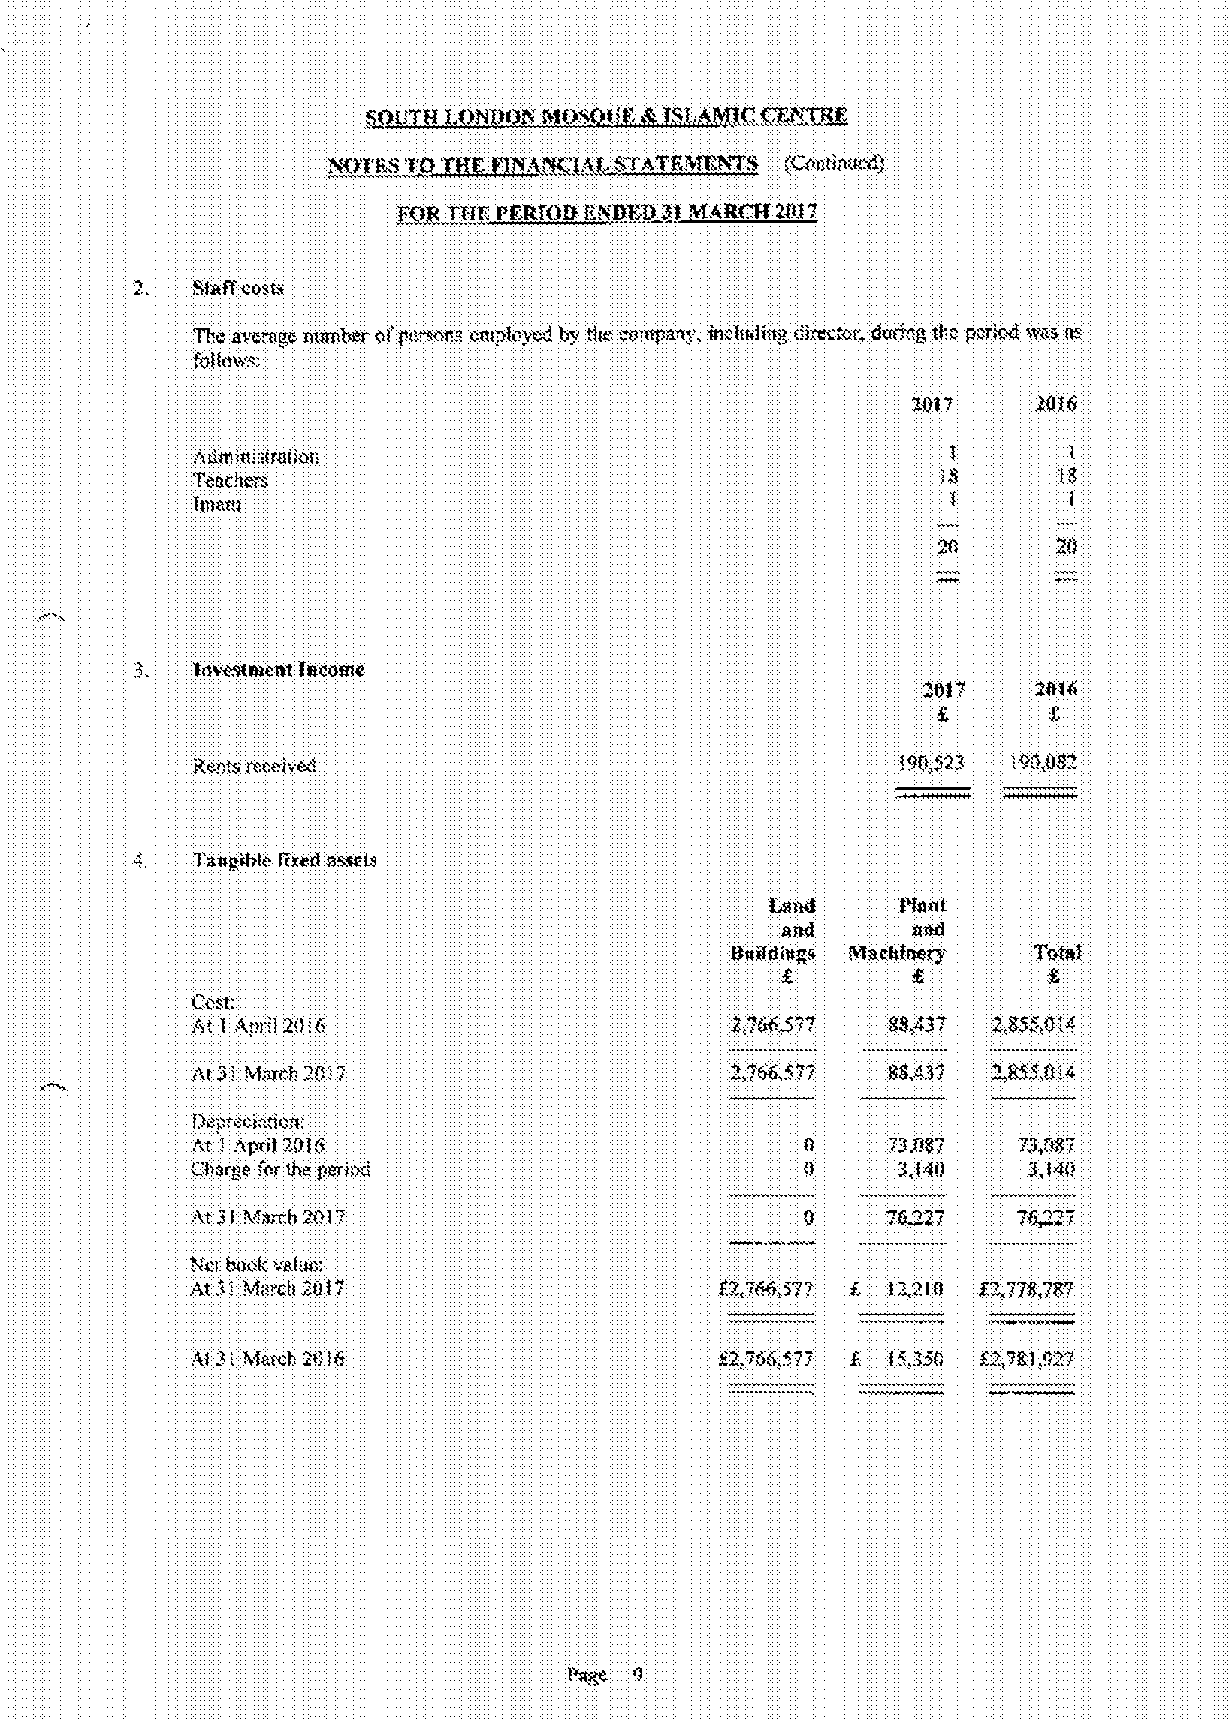
S~I3UTH f.f3ÃOI3Ã MI3
 ¹Ct&L %TAYEMlil'Tl
 /gal Tffl)K PkkTI39 fi'49ff)3 3)M)tRCB 26l7
 2.  $4tffCN)$
 Tftc BVO",886 fl)ttflftLC )tt Pa".f)aa flt)tp)C)tfl¹ ft)t tha ¹ttfltpflfl'5', taflft¹)f¹8 c)xcc)06diat ")8f)ifl Pcllfl)) )tiV& )t¹
 6))ft)wc:.
 Ad¹t'¹!)ft)tf)flti
 TCGC84f
 ftttflm
 Iit~~flea) faeomc
 )
 abaft
 A) Aprt)2))!6                      3,76657    88.837 2,855,016
 1                                     7
 At 3',;V¹fc)!",..8!7               2„'665,77  88A37  ~~kt5,0'.6
 )3itp",aci ".taflc
 A)¹l) 88)8                                  73,087  73,f)87
 C4¹t88 Pt'V %Cfit')i&d                        3,Ii))   3,)4))
 "~
 At 3)Kflflwft 2ff)7                     I)    t6~2t   t6  i
 4cti baflk ¹alt¹fl
 Af 3 Mt!)'c)l 'ttf7                           )3,2I0 83,778,787
 Al 3:Ihfc¹:l.;8)))6               82,766,877 8 16358 6&,7)f),M7